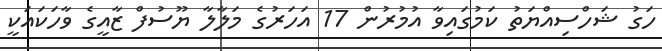
ހަގު ޝަހްސިއްޔަތު ކަމުގައިވާ އުމުރުން 17 އަހަރުގެ މަލާލާ ޔޫސުފް ޒާއީގެ ވާހަކައަކީ